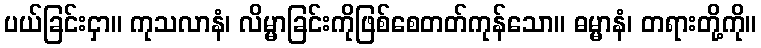
ပယ်ခြင်းငှာ။ ကုသလာနံ၊ လိမ္မာခြင်းကိုဖြစ်စေတတ်ကုန်သော။ ဓမ္မာနံ၊ တရားတို့ကို။